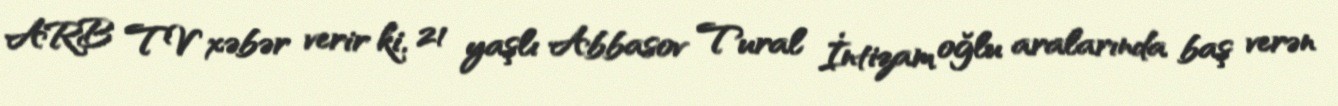
ARB TV xəbər verir ki, 21 yaşlı Abbasov Tural İntizam oğlu aralarında baş verən